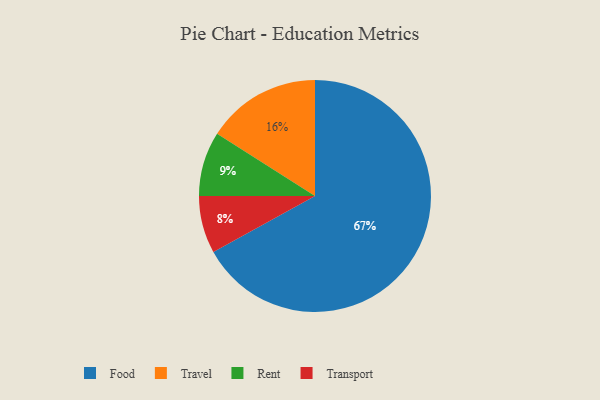
{"axis": {"x": "Category", "y": "Percentage"}, "legend": ["Food", "Rent", "Transport", "Travel"], "data": [{"x": "Food", "y": 67, "type": "Food"}, {"x": "Transport", "y": 8, "type": "Transport"}, {"x": "Travel", "y": 16, "type": "Travel"}, {"x": "Rent", "y": 9, "type": "Rent"}]}